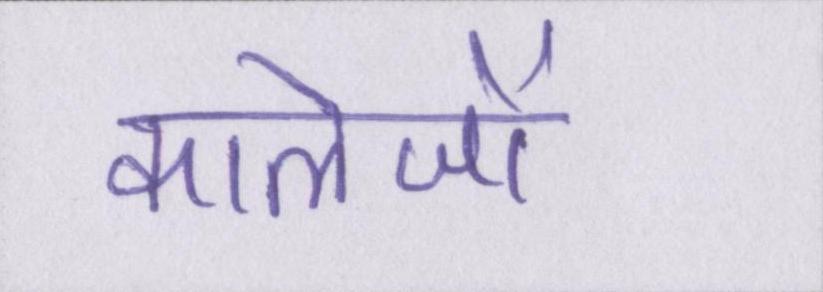
कालेजों